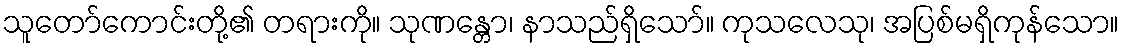
သူတော်ကောင်းတို့၏ တရားကို။ သုဏန္တော၊ နာသည်ရှိသော်။ ကုသလေသု၊ အပြစ်မရှိကုန်သော။